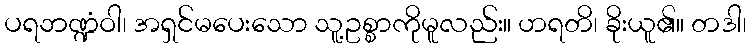
ပရဘဏ္ဍံဝါ၊ အရှင်မပေးသော သူ့ဥစ္စာကိုမူလည်း။ ဟရတိ၊ ခိုးယူ၏။ တဒါ၊